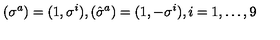
( \sigma ^ { a } ) = ( 1 , \sigma ^ { i } ) , ( \hat { \sigma } ^ { a } ) = ( 1 , - \sigma ^ { i } ) , i = 1 , \ldots , 9